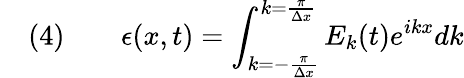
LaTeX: \quad(4)\qquad\epsilon(x,t)=\int_{k=-{\frac{\pi}{\Delta x}}}^{k={\frac{\pi}{\Delta x}}}E_{k}(t)e^{{i}kx}dk